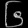
Digit: ၆